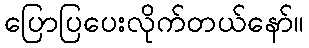
ပြောပြပေးလိုက်တယ်နော်။